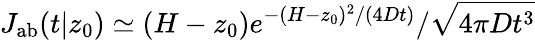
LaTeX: J_{\mathrm{{ab}}}(t|z_{0})\simeq(H-z_{0})e^{-(H-z_{0})^{2}/(4Dt)}/\sqrt{4\pi Dt^{3}}